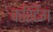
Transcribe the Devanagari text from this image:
कर्स्टिंग